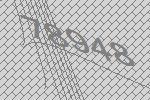
78948